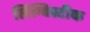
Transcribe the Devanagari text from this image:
लिंग्विस्टीक